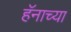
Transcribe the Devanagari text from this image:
हॅनाच्या